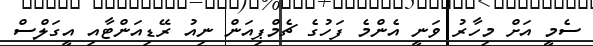
ސެމީ އަށް މިހާރު ވަނީ އެންމެ ފަހުގެ ޗެމްޕިއަން ނިއު ރޭޑިއަންޓާއި އީގަލްސް